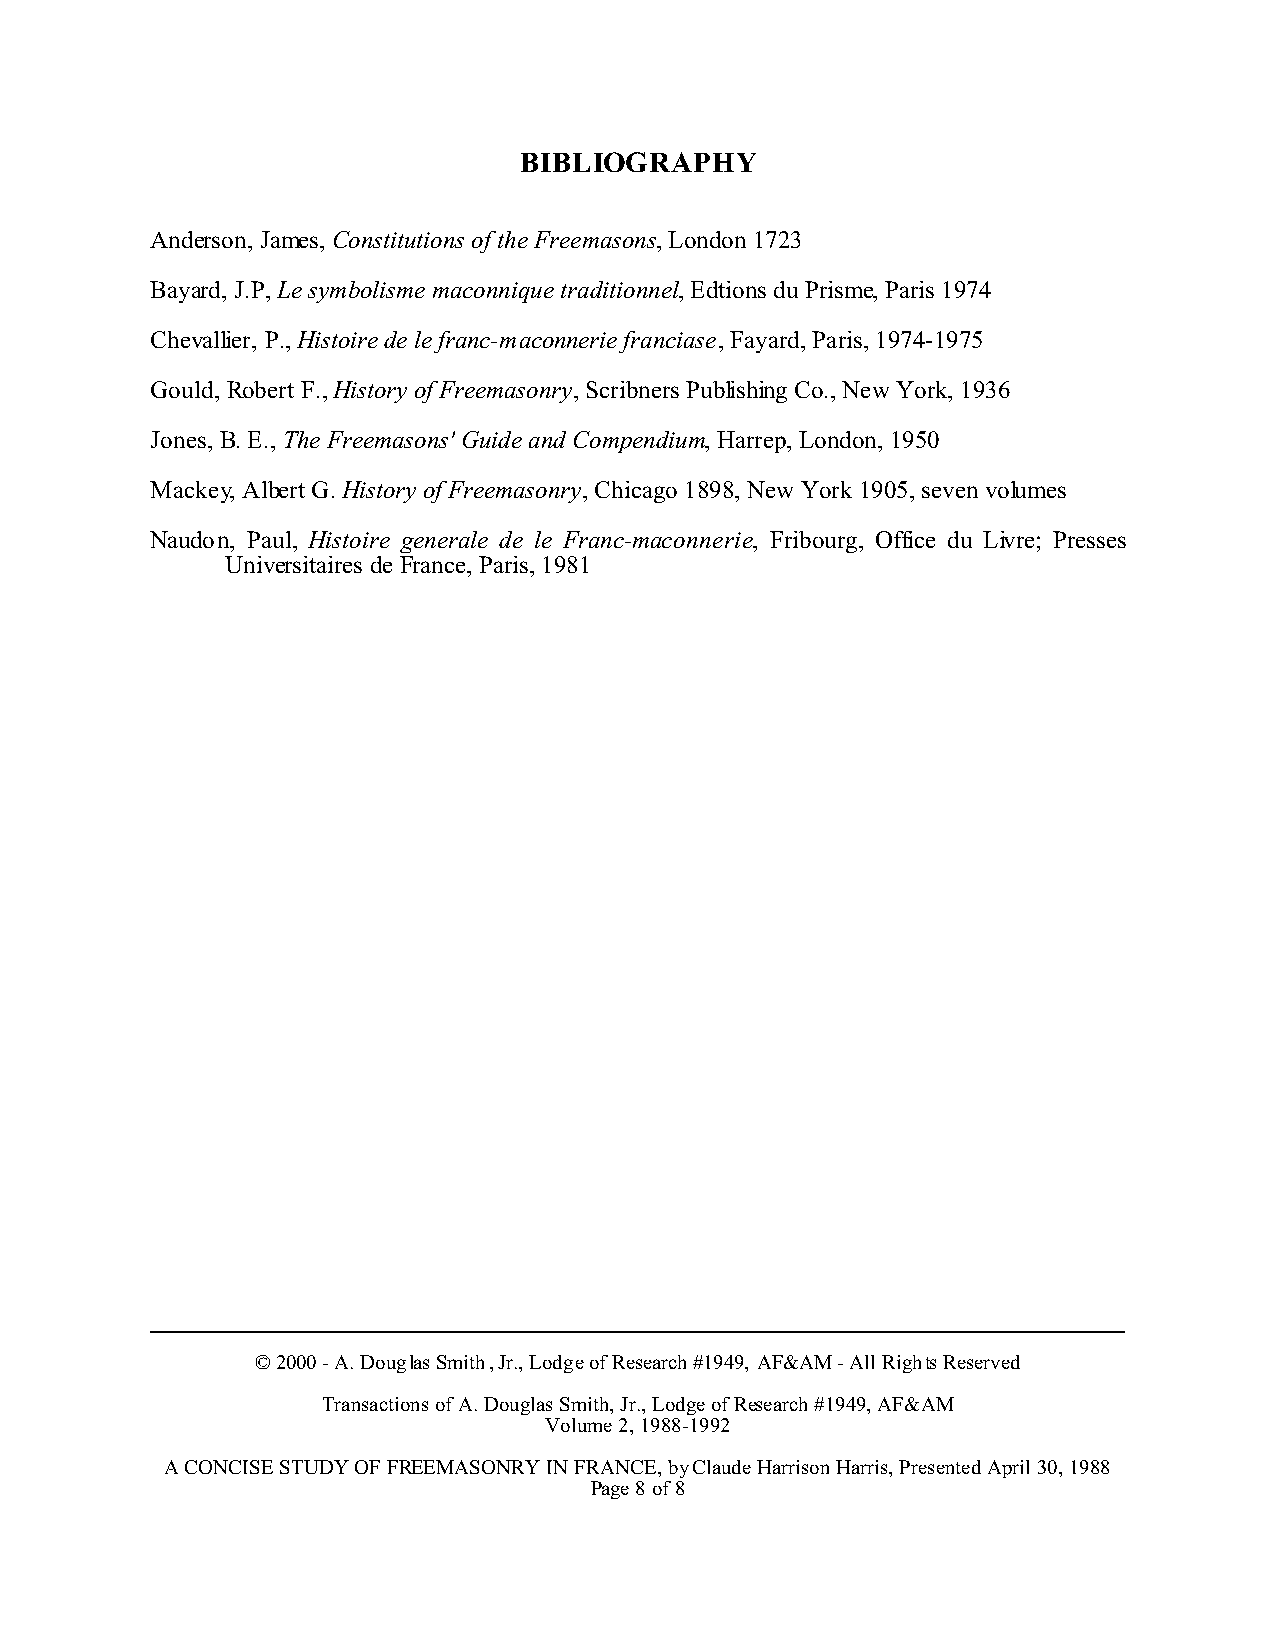
BIBLIOGRAPHY
 Anderson, James, Constitutions of the Freemasons, London 1723
 Bayard, J.P, Le symbolisme maconnique traditionnel, Edtions du Prisme, Paris 1974
 Chevallier, P., Histoire de le franc-maconnerie franciase, Fayard, Paris, 1974-1975
 Gould, Robert F., History of Freemasonry, Scribners Publishing Co., New York, 1936
 Jones, B. E., The Freemasons' Guide and Compendium, Harrep, London, 1950
 Mackey, Albert G. History of Freemasonry, Chicago 1898, New York 1905, seven volumes
 Naudon, Paul, Histoire generale de le Franc-maconnerie, Fribourg, Office du Livre; Presses
 Universitaires de France, Paris, 1981
 © 2000 - A. Douglas Smith, Jr., Lodge of Research #1949, AF&AM - All Rights Reserved
 Transactions of A. Douglas Smith, Jr., Lodge of Research #1949, AF&AM
 Volume 2, 1988-1992
 A CONCISE STUDY OF FREEMASONRY IN FRANCE, by Claude Harrison Harris, Presented April 30, 1988
 Page 8 of 8